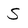
Character: S